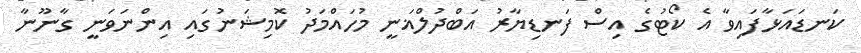
ކަނޑައަޅާފައިވާ އެ ކޯޓުގެ އިސް ފަނޑިޔާރު އަބްދުލްޣަނީ މުހައްމަދު ކޮމިޝަނުގައި އިންނަވަނީ ގާނޫނާ